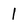
Character: 1